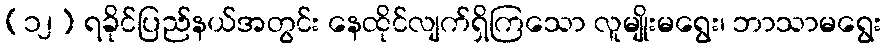
(၁၂) ရခိုင်ပြည်နယ်အတွင်း နေထိုင်လျက်ရှိကြသော လူမျိုးမရွေး၊ ဘာသာမရွေး